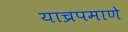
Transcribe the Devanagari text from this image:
याच्रपमाणे